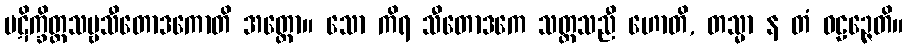
ပဋိက္ခိတ္တသဗ္ဗသီတောဒကောတိ အတ္ထော။ သော ကိရ သီတောဒကေ သတ္တသညီ ဟောတိ, တသ္မာ န တံ ဝဠဉ္ဇေတိ။